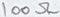
Text: 100Ω